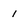
Character: 1